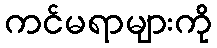
ကင်မရာများကို